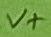
Text: V+